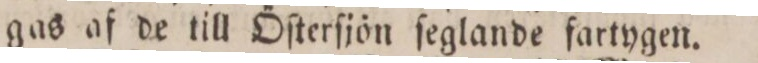
gas af de till Öſterſjön ſeglande fartygen.